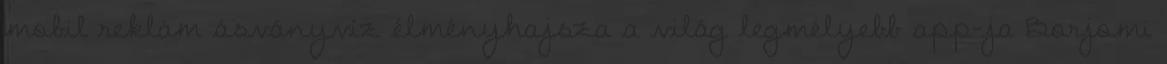
mobil reklám ásványvíz élményhajsza a világ legmélyebb app-ja Borjomi